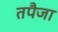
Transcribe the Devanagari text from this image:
तपैजा